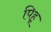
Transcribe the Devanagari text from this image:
पिहू